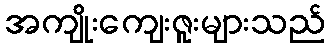
အကျိုးကျေးဇူးများသည်